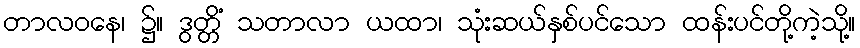
တာလဝနေ၊ ၌။ ဒွတ္တိံ သတာလာ ယထာ၊ သုံးဆယ်နှစ်ပင်သော ထန်းပင်တို့ကဲ့သို့။